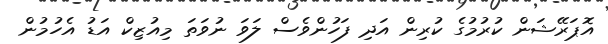
އޮޕަރޭޝަން ކުރުމުގެ ކުރިން އަދި ފަހުންވެސް ލަވަ ނުވަތަ މިއުޒިކް އަޑު އެހުމުން